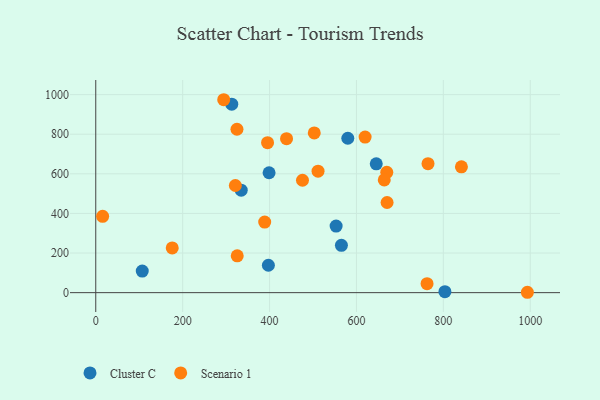
{"axis": {"x": "Speed", "y": "Yield"}, "legend": ["Cluster C", "Scenario 1"], "data": [{"x": "107.0", "y": 108.7, "type": "Cluster C"}, {"x": "334.8", "y": 517.6, "type": "Cluster C"}, {"x": "397.3", "y": 138.4, "type": "Cluster C"}, {"x": "553.2", "y": 336.1, "type": "Cluster C"}, {"x": "398.9", "y": 605.4, "type": "Cluster C"}, {"x": "645.6", "y": 650.7, "type": "Cluster C"}, {"x": "313.0", "y": 951.6, "type": "Cluster C"}, {"x": "565.4", "y": 238.9, "type": "Cluster C"}, {"x": "580.1", "y": 779.5, "type": "Cluster C"}, {"x": "803.6", "y": 4.8, "type": "Cluster C"}, {"x": "993.4", "y": 1.9, "type": "Scenario 1"}, {"x": "15.8", "y": 385.4, "type": "Scenario 1"}, {"x": "325.6", "y": 185.9, "type": "Scenario 1"}, {"x": "321.3", "y": 541.1, "type": "Scenario 1"}, {"x": "669.8", "y": 607.7, "type": "Scenario 1"}, {"x": "664.0", "y": 569.0, "type": "Scenario 1"}, {"x": "294.5", "y": 974.1, "type": "Scenario 1"}, {"x": "388.8", "y": 356.3, "type": "Scenario 1"}, {"x": "841.6", "y": 635.4, "type": "Scenario 1"}, {"x": "439.1", "y": 777.3, "type": "Scenario 1"}, {"x": "395.4", "y": 757.2, "type": "Scenario 1"}, {"x": "325.0", "y": 825.1, "type": "Scenario 1"}, {"x": "619.9", "y": 785.7, "type": "Scenario 1"}, {"x": "764.7", "y": 651.1, "type": "Scenario 1"}, {"x": "502.9", "y": 806.4, "type": "Scenario 1"}, {"x": "511.6", "y": 613.2, "type": "Scenario 1"}, {"x": "670.5", "y": 455.1, "type": "Scenario 1"}, {"x": "475.8", "y": 567.6, "type": "Scenario 1"}, {"x": "762.5", "y": 45.4, "type": "Scenario 1"}, {"x": "176.0", "y": 225.9, "type": "Scenario 1"}]}